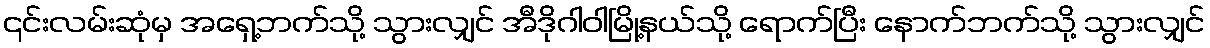
၎င်းလမ်းဆုံမှ အရှေ့ဘက်သို့ သွားလျှင် အီဒိုဂါဝါမြို့နယ်သို့ ရောက်ပြီး နောက်ဘက်သို့ သွားလျှင်